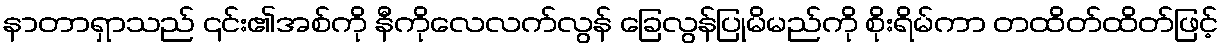
နာတာရှာသည် ၎င်း၏အစ်ကို နီကိုလေလက်လွန် ခြေလွန်ပြုမိမည်ကို စိုးရိမ်ကာ တထိတ်ထိတ်ဖြင့်